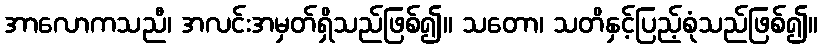
အာလောကသညီ၊ အလင်းအမှတ်ရှိသည်ဖြစ်၍။ သတော၊ သတိနှင့်ပြည့်စုံသည်ဖြစ်၍။